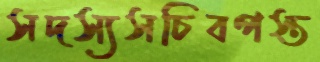
সদস্যসচিবপস্ত